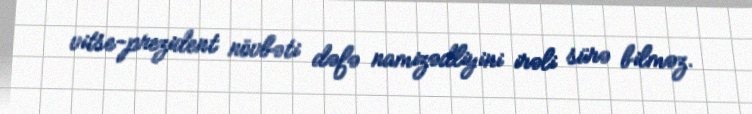
vitse-prezident növbəti dəfə namizədliyini irəli sürə bilməz.